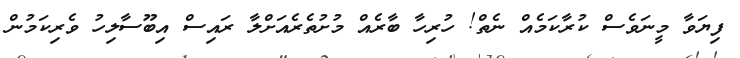
ފިޔަވާ މީނަވެސް ކުރާކަމެއް ނެތް! ހުރިހާ ބާރެއް މުށުތެރެއަށްލާ ރައިސް އިބޫސާލިހު ވެރިކަމުން